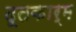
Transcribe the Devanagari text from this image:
दूतकार्म